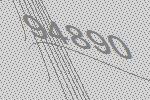
94890